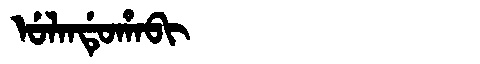
Manchu: ᡠᠯᠠᠨᡩᡠᡥᠠᠪᡳ
Romanization: ULANDUHABI